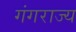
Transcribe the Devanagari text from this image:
गंगराज्य